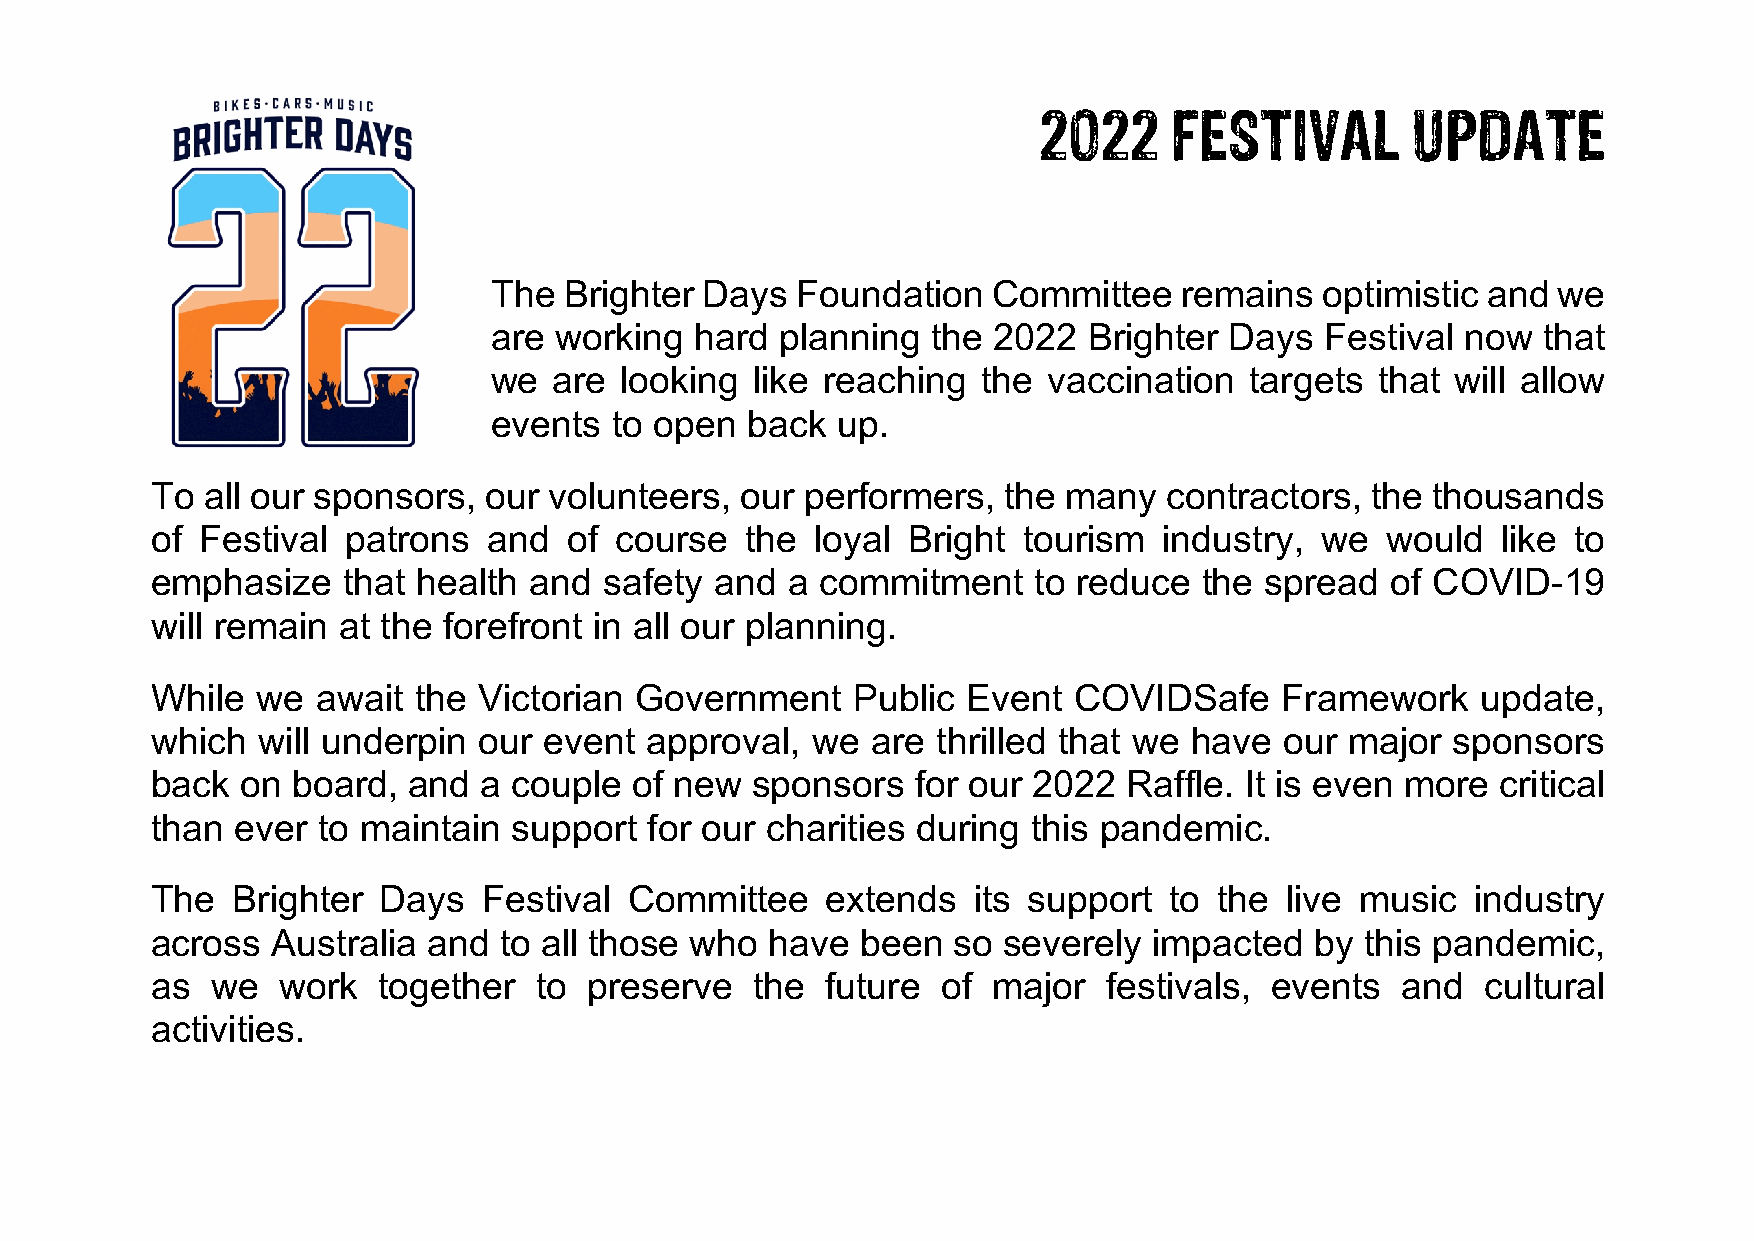
2022     FESTIVAL       UPDATE
 The Brighter  Days  Foundation   Committee   remains   optimistic and we
 are working  hard  planning  the 2022  Brighter Days   Festival now  that
 we  are looking  like reaching  the vaccination   targets that will allow
 events  to open back  up.
 To  all our sponsors, our volunteers,  our performers,   the many  contractors,  the thousands
 of Festival  patrons  and   of course  the  loyal Bright  tourism  industry, we   would  like to
 emphasize    that health and  safety and  a commitment    to reduce   the spread  of COVID-19
 will remain at the forefront in all our planning.
 While  we  await the  Victorian Government    Public  Event  COVIDSafe     Framework    update,
 which  will underpin  our event  approval,  we  are thrilled that we have  our major  sponsors
 back  on board,  and  a couple  of new  sponsors   for our 2022  Raffle. It is even more critical
 than  ever to maintain  support  for our charities during this pandemic.
 The  Brighter  Days   Festival  Committee    extends  its support  to  the live music   industry
 across  Australia and  to all those who  have  been  so severely  impacted   by this pandemic,
 as  we  work   together  to  preserve   the  future of  major  festivals, events   and  cultural
 activities.